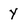
Character: Y